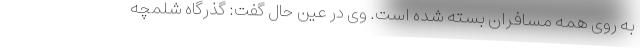
به روی همه مسافران بسته شده است. وی در عین حال گفت: گذرگاه شلمچه